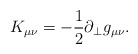
\begin{align*}K_{\mu\nu}=-\frac{1}{2}\partial_ {\perp}g_{\mu\nu}.\end{align*}